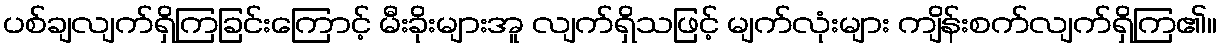
ပစ်ချလျက်ရှိကြခြင်းကြောင့် မီးခိုးများအူ လျက်ရှိသဖြင့် မျက်လုံးများ ကျိန်းစက်လျက်ရှိကြ၏။